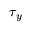
\tau _ { y }